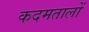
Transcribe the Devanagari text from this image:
कदमतालों